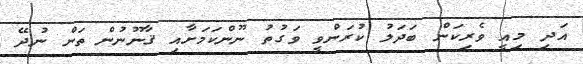
އަދި މިއީ ވެރިކަން ބަދަލު ކުރަންވީ ވަގުތު ނޫންކަމަށާއި ޤާނޫނުން ތަން ނުދޭ